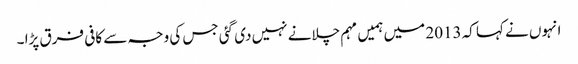
انہوں نے کہا کہ 2013 میں ہمیں مہم چلانے نہیں دی گئی جس کی وجہ سے کافی فرق پڑا ۔